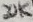
Text: 20K